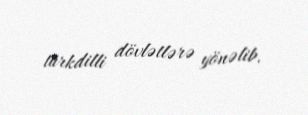
türkdilli dövlətlərə yönəlib.